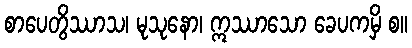
စာပေတွိဿာသ၊ မုသုနော၊ ဣဿာသော ခေပကမှိ စ။